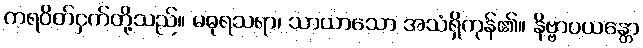
ကရဝိတ်ငှက်တို့သည်။ မဓုရသရာ၊ သာယာသော အသံရှိကုန်၏။ နိဗ္ဗာပယန္တော